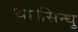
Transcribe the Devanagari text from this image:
था।सिन्धु